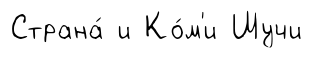
Страна́ и Ко́м'и Шучи